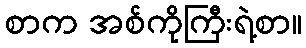
စာက အစ်ကိုကြီးရဲ့စာ။